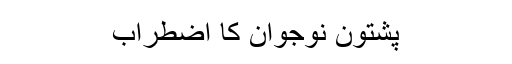
پشتون نوجوان کا اضطراب